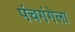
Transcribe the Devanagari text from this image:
पंचगंगेला